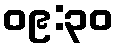
၀၉:၃၀